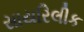
સાયરિલીક